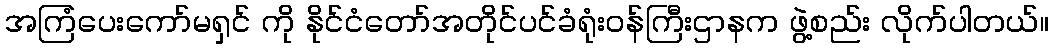
အကြံပေးကော်မရှင် ကို နိုင်ငံတော်အတိုင်ပင်ခံရုံးဝန်ကြီးဌာနက ဖွဲ့စည်း လိုက်ပါတယ်။